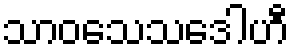
သာဝသေသဒေါဟီ